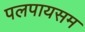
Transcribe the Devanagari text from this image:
पलपायसम